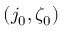
( j _ { 0 } , \zeta _ { 0 } )